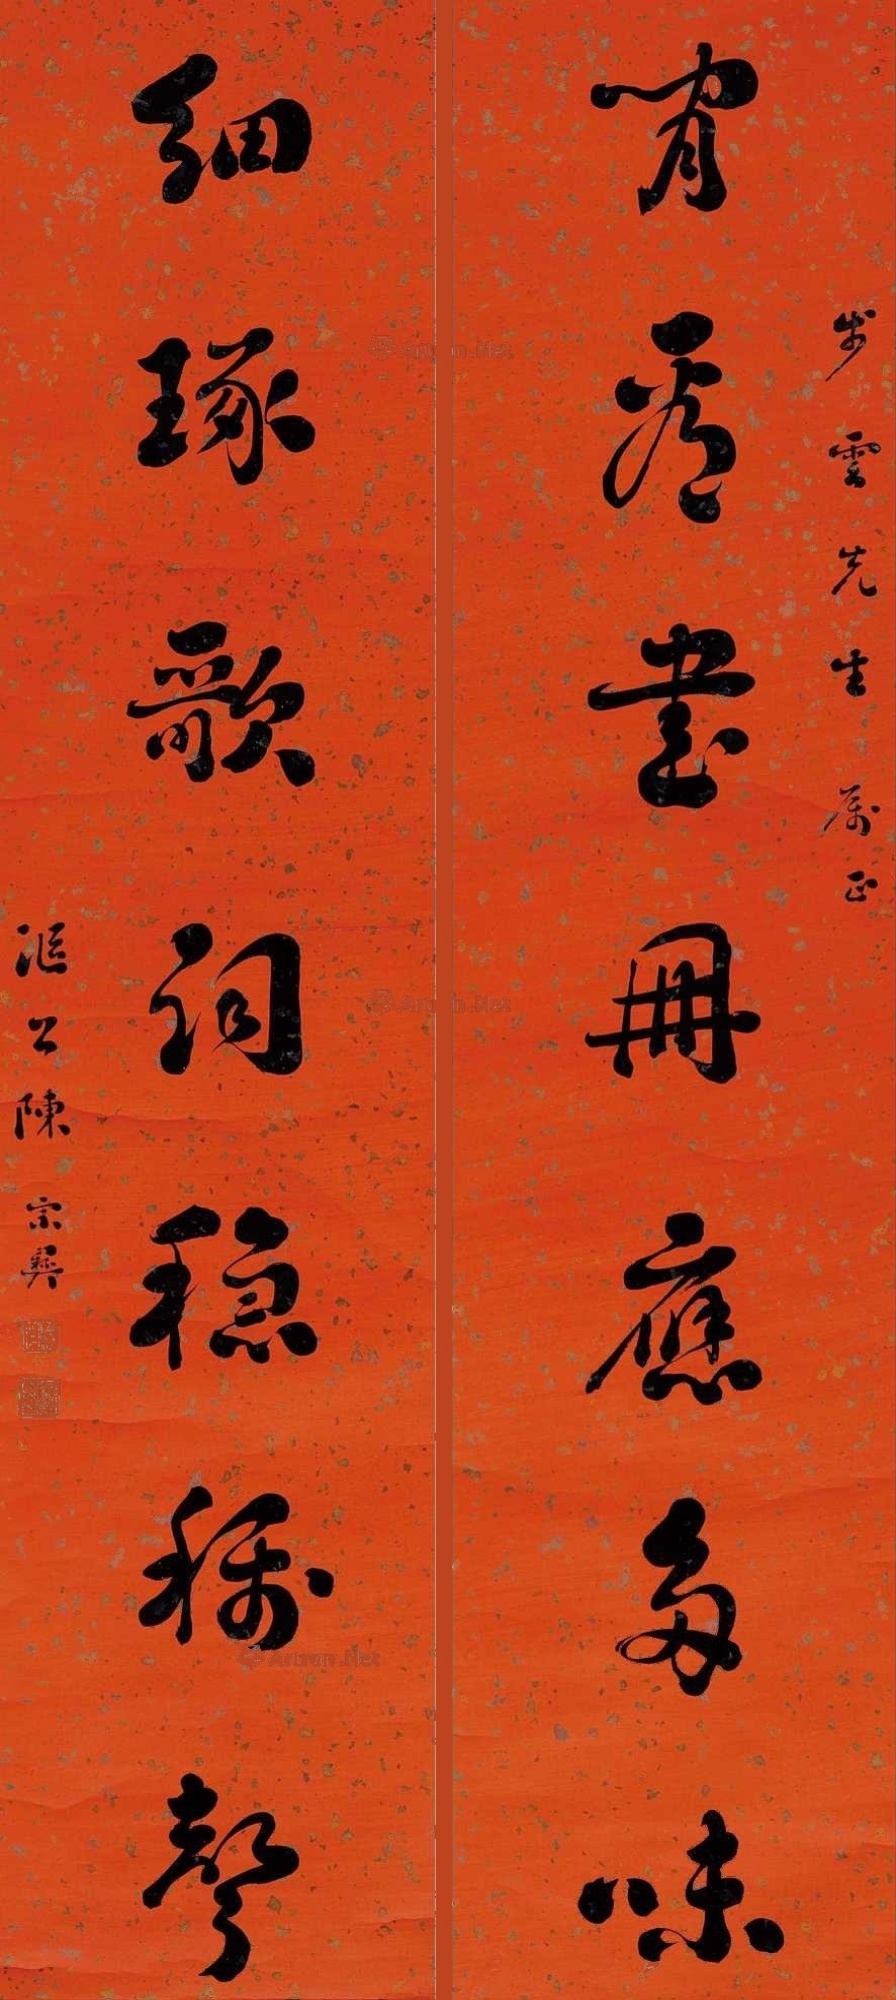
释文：闲看书册应多味，细琢歌词稳称声。步云先生属正，沤公陈宗彝。